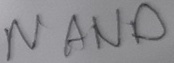
Text: NAND